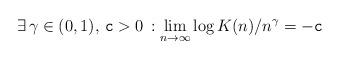
LaTeX: \begin{align*}\exists\, \gamma\in (0,1), \, \mathtt{c}>0\,:\lim_{n\to\infty} \log K(n)/ n^{\gamma} = -\mathtt{c} \end{align*}